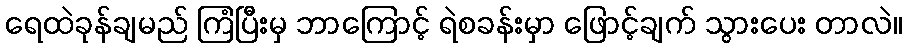
ရေထဲခုန်ချမည် ကြံပြီးမှ ဘာကြောင့် ရဲစခန်းမှာ ဖြောင့်ချက် သွားပေး တာလဲ။